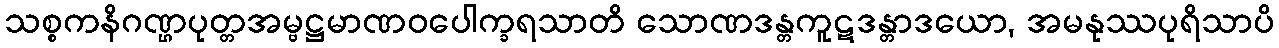
သစ္စကနိဂဏ္ဌပုတ္တအမ္ဗဋ္ဌမာဏဝပေါက္ခရသာတိ သောဏဒန္တကူဋဒန္တာဒယော, အမနုဿပုရိသာပိ